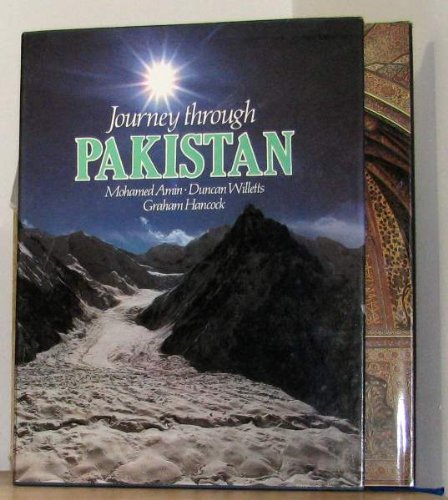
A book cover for Journey Through Pakistan; Mohamed Amin; Travel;